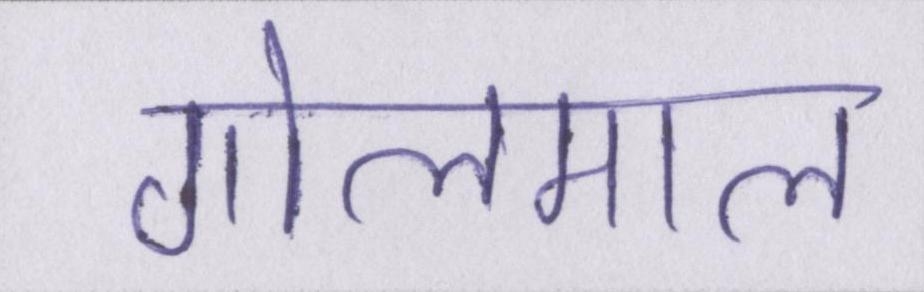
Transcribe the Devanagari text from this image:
गोलमाल